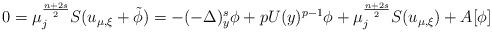
LaTeX: \begin{align*}0=\mu_j^{\frac{n+2s}{2}}S(u_{\mu, \xi}+\tilde{\phi}) = -(-\Delta)^s_y\phi + pU(y)^{p-1}\phi + \mu_j^{\frac{n+2s}{2}}S(u_{\mu, \xi}) + A[\phi]\end{align*}